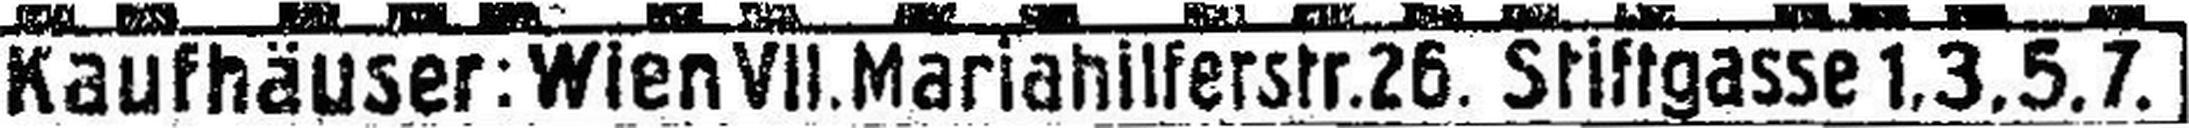
Kaufhäuser: Wien VII. Mariahilferstr. 26. Stiftgasse 1, 3, 5, 7.